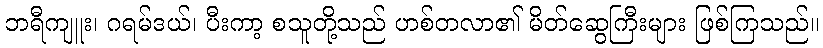
ဘရီကျူး၊ ဂရမ်ဒယ်၊ ပီးကာ့ စသူတို့သည် ဟစ်တလာ၏ မိတ်ဆွေကြီးများ ဖြစ်ကြသည်။